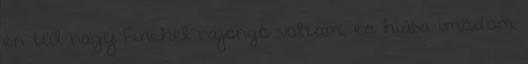
én túl nagy Finchel rajongó voltam, és hiába imádom